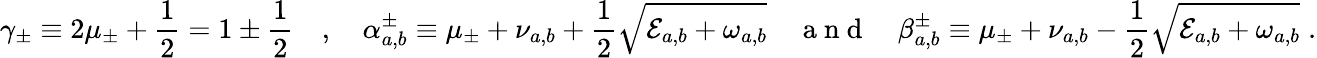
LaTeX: \gamma_{\pm}\equiv 2\mu_{\pm}+\frac{1}{2}=1\pm\frac{1}{2}\quad,\quad\alpha_{a,b}^{\pm}\equiv\mu_{\pm}+\nu_{a,b}+\frac{1}{2}\sqrt{\mathcal{E}_{a,b}+\omega_{a,b}}\quad\mathrm{~a~n~d~}\quad\beta_{a,b}^{\pm}\equiv\mu_{\pm}+\nu_{a,b}-\frac{1}{2}\sqrt{\mathcal{E}_{a,b}+\omega_{a,b}}\; .